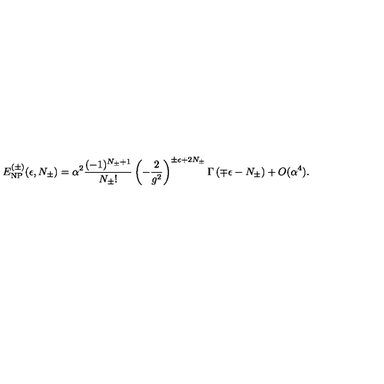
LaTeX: E _ { \mathrm { N P } } ^ { ( \pm ) } ( \epsilon , N _ { \pm } ) = \alpha ^ { 2 } \frac { ( - 1 ) ^ { N _ { \pm } + 1 } } { N _ { \pm } ! } \left( - \frac { 2 } { g ^ { 2 } } \right) ^ { \pm \epsilon + 2 N _ { \pm } } \Gamma \left( \mp \epsilon - N _ { \pm } \right) + O ( \alpha ^ { 4 } ) .